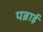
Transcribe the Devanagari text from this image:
पब्राई